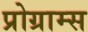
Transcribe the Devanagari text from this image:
प्रोग्राम्‍स